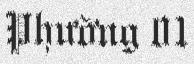
Phường 01